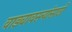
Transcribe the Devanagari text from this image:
वाड्यावस्त्यांसाठी